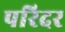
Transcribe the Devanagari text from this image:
परिदर